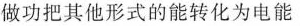
做功把其他形式的能转化为电能